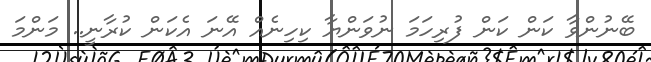
ބޭނުންވާ ކަން ކަން ފުރިހަމަ ނުވަންޔާ ކިހިނެއް އޭނަ އެކަން ކުރާނީ.. މަންމަ